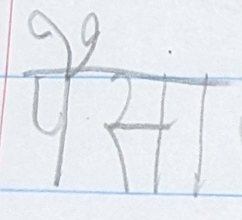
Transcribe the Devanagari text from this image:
पैसा